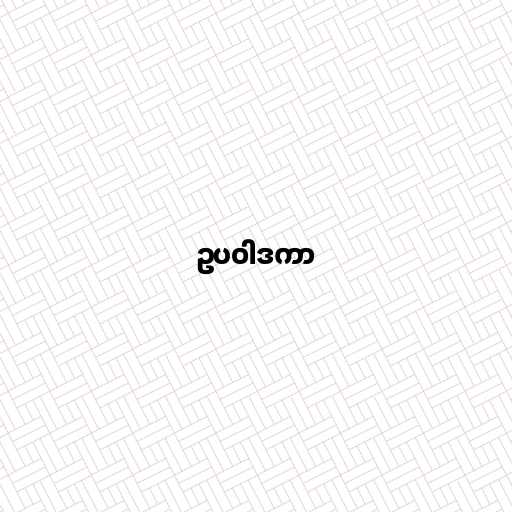
ဥပဝါဒကာ